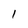
Character: l